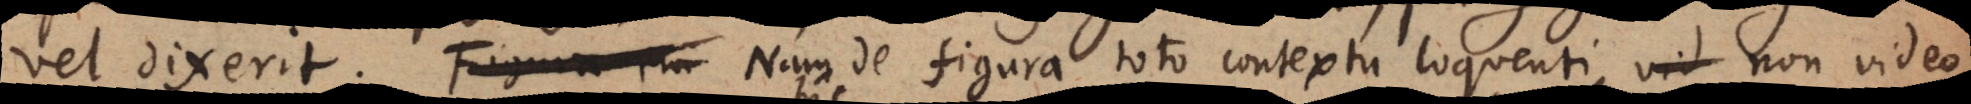
vel dixerit. Nam de figura toto contextu loquenti, vid non video